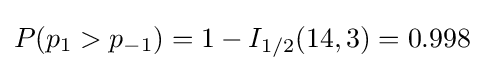
P(p_{1}>p_{-1})=1-I_{1/2}(14,3)=0.998